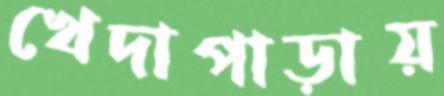
খেদাপাড়ায়